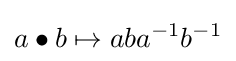
a\bullet b\mapsto aba^{-1}b^{-1}